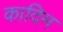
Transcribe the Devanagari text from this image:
कादिम